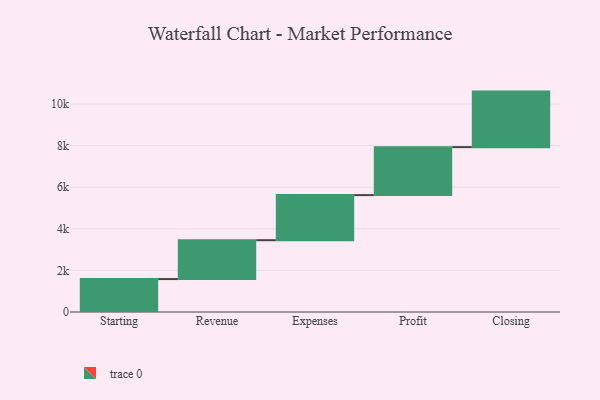
{"axis": {"x": "Step", "y": "Value"}, "legend": [""], "data": [{"x": "Starting", "y": 1584.0, "type": ""}, {"x": "Revenue", "y": 1868.0, "type": ""}, {"x": "Expenses", "y": 2169.0, "type": ""}, {"x": "Profit", "y": 2307.0, "type": ""}, {"x": "Closing", "y": 2670.0, "type": ""}]}